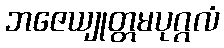
ဘဇေယျုတ္တမပုဂ္ဂလံ